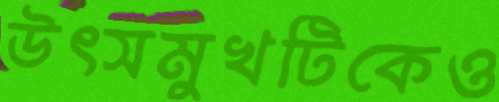
উৎসমুখটিকেও